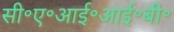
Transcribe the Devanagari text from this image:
सी॰ए॰आई॰आई॰बी॰